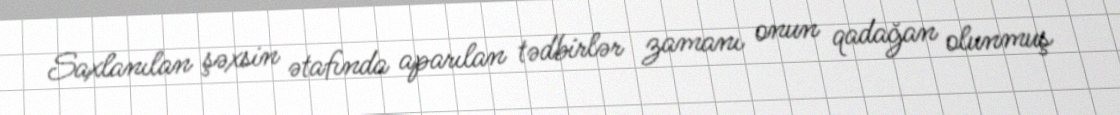
Saxlanılan şəxsin ətafında aparılan tədbirlər zamanı onun qadağan olunmuş